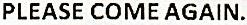
PLEASE COME AGAIN.